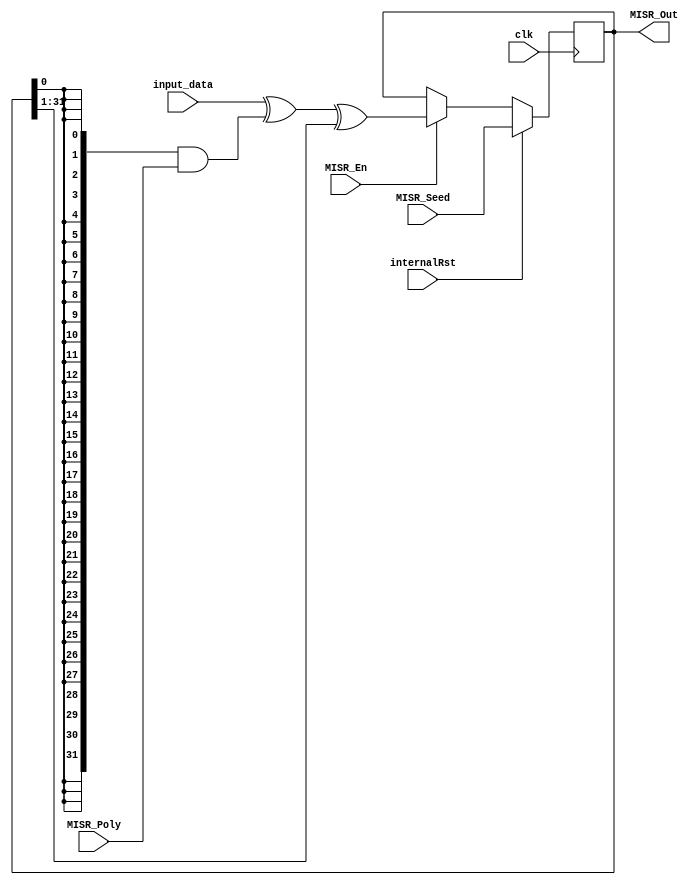

module MISR #(parameter MISR_Size = 32) (
    input wire clk,
    input wire internalRst,
    input wire MISR_En,
    input wire [MISR_Size-1:0] MISR_Poly,
    input wire [MISR_Size-1:0] MISR_Seed,
    input wire [MISR_Size-1:0] input_data,
    output reg [MISR_Size-1:0] MISR_Out
);

  always @(posedge clk) begin
    if (internalRst)
      MISR_Out <= MISR_Seed;
    else if(MISR_En)
      MISR_Out <= input_data ^ ({MISR_Size{MISR_Out[0]}} & MISR_Poly) ^ {1'b0, MISR_Out[MISR_Size-1:1]};
  end

endmodule